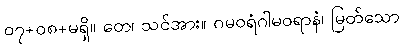
၀၇+၀၈+မရှိ။ တေ၊ သင်အား။ ဂမဝရံဂါမဝရာနံ၊ မြတ်သော